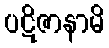
ပဋိဇာနာမိ